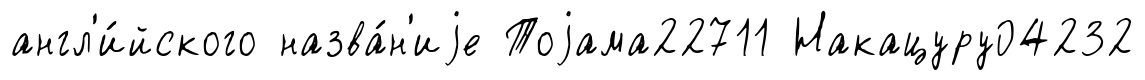
англ'и́йского назва́н'иjе Тоjама22711 Накацуру04232